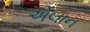
એલાન